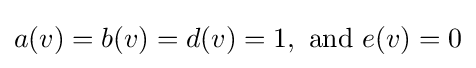
a(v)=b(v)=d(v)=1,{\text{ and }}e(v)=0